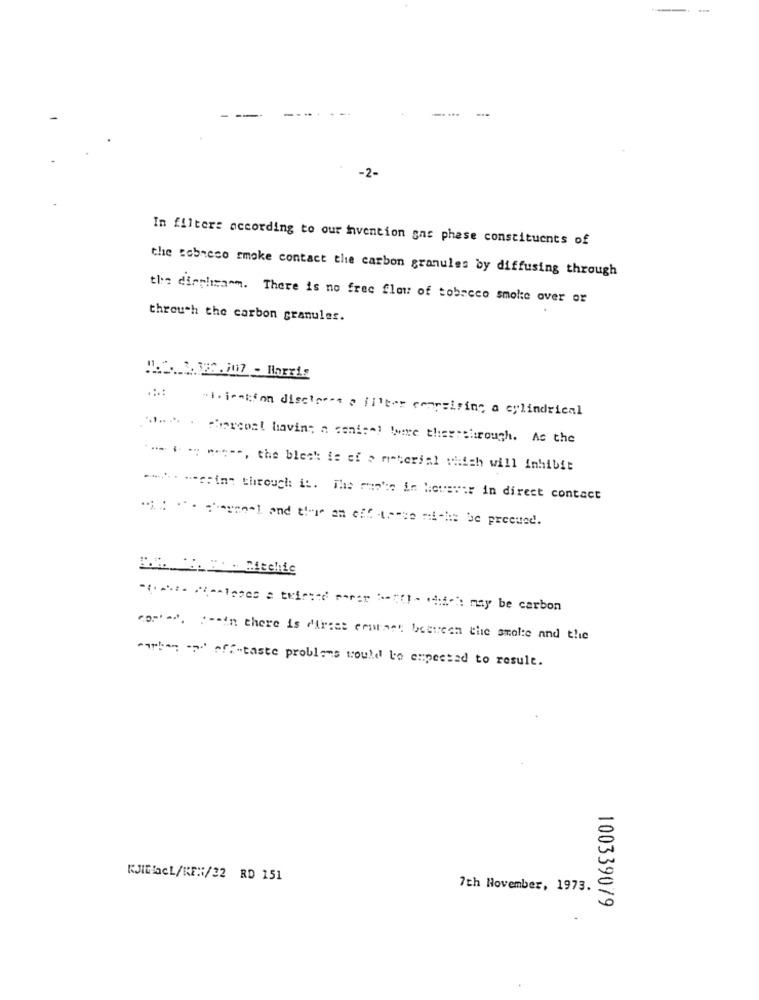
-2-
In filters according to our invention gas phase constituents of
the sobreco smoke contact the carbon granules by diffusing through
the dirphimamm. There is no free flow of tobacco smoke over or
through the carbon granules.
1.3. 2.322.707 - Norris
.1. jempion disclose o filter empreiring a cylindrical
... . charcoal having a sonice! ! erre thesseltrough. As the
*** * * wes --, the bleck is ef o material which will inhibit
**** * e;inn through it. The rap's in however in direct contact
"o""" "". " -- in there is direet contines between the smolte and the
"arben ." off "taste problems could be expected to result.
KJIBacL/KEN/32 RD 151
7th November, 1973.
100339079